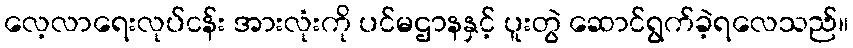
လေ့လာရေးလုပ်ငန်း အားလုံးကို ပင်မဌာနနှင့် ပူးတွဲ ဆောင်ရွက်ခဲ့ရလေသည်။